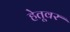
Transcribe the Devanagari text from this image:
हेतूवर